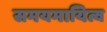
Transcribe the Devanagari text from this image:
समयमायित्व